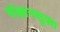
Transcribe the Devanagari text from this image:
संज्ञानसूक्त